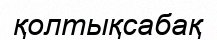
қолтықсабақ